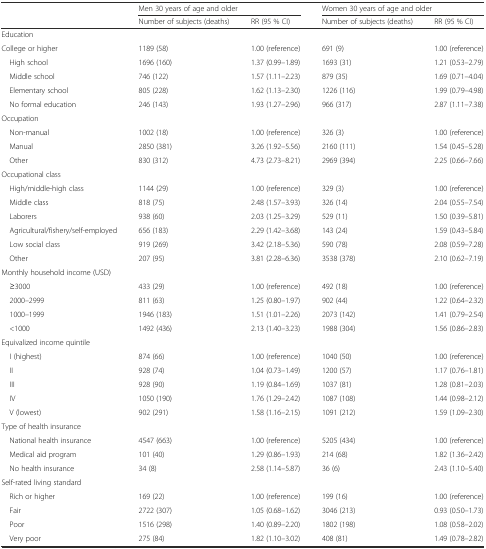
<table><thead><tr><td></td><td colspan="2"><b>Men 30 years of age and older</b></td><td colspan="2"><b>Women 30 years of age and older</b></td></tr><tr><td></td><td><b>Number of subjects (deaths)</b></td><td><b>RR (95 % CI)</b></td><td><b>Number of subjects (deaths)</b></td><td><b>RR (95 % CI)</b></td></tr></thead><tbody><tr><td>Education</td><td></td><td></td><td></td><td></td></tr><tr><td>College or higher</td><td>1189 (58)</td><td>1.00 (reference)</td><td>691 (9)</td><td>1.00 (reference)</td></tr><tr><td>High school</td><td>1696 (160)</td><td>1.37 (0.99–1.89)</td><td>1693 (31)</td><td>1.21 (0.53–2.79)</td></tr><tr><td>Middle school</td><td>746 (122)</td><td>1.57 (1.11–2.23)</td><td>879 (35)</td><td>1.69 (0.71–4.04)</td></tr><tr><td>Elementary school</td><td>805 (228)</td><td>1.62 (1.13–2.30)</td><td>1226 (116)</td><td>1.99 (0.79–4.98)</td></tr><tr><td>No formal education</td><td>246 (143)</td><td>1.93 (1.27–2.96)</td><td>966 (317)</td><td>2.87 (1.11–7.38)</td></tr><tr><td>Occupation</td><td></td><td></td><td></td><td></td></tr><tr><td>Non-manual</td><td>1002 (18)</td><td>1.00 (reference)</td><td>326 (3)</td><td>1.00 (reference)</td></tr><tr><td>Manual</td><td>2850 (381)</td><td>3.26 (1.92–5.56)</td><td>2160 (111)</td><td>1.54 (0.45–5.28)</td></tr><tr><td>Other</td><td>830 (312)</td><td>4.73 (2.73–8.21)</td><td>2969 (394)</td><td>2.25 (0.66–7.66)</td></tr><tr><td>Occupational class</td><td></td><td></td><td></td><td></td></tr><tr><td>High/middle-high class</td><td>1144 (29)</td><td>1.00 (reference)</td><td>329 (3)</td><td>1.00 (reference)</td></tr><tr><td>Middle class</td><td>818 (75)</td><td>2.48 (1.57–3.93)</td><td>326 (14)</td><td>2.04 (0.55–7.54)</td></tr><tr><td>Laborers</td><td>938 (60)</td><td>2.03 (1.25–3.29)</td><td>529 (11)</td><td>1.50 (0.39–5.81)</td></tr><tr><td>Agricultural/fishery/self-employed</td><td>656 (183)</td><td>2.29 (1.42–3.68)</td><td>143 (24)</td><td>1.59 (0.43–5.84)</td></tr><tr><td>Low social class</td><td>919 (269)</td><td>3.42 (2.18–5.36)</td><td>590 (78)</td><td>2.08 (0.59–7.28)</td></tr><tr><td>Other</td><td>207 (95)</td><td>3.81 (2.28–6.36)</td><td>3538 (378)</td><td>2.10 (0.62–7.19)</td></tr><tr><td colspan="2">Monthly household income (USD)</td><td></td><td></td><td></td></tr><tr><td>≥3000</td><td>433 (29)</td><td>1.00 (reference)</td><td>492 (18)</td><td>1.00 (reference)</td></tr><tr><td>2000–2999</td><td>811 (63)</td><td>1.25 (0.80–1.97)</td><td>902 (44)</td><td>1.22 (0.64–2.32)</td></tr><tr><td>1000–1999</td><td>1946 (183)</td><td>1.51 (1.01–2.26)</td><td>2073 (142)</td><td>1.41 (0.79–2.54)</td></tr><tr><td>&lt;1000</td><td>1492 (436)</td><td>2.13 (1.40–3.23)</td><td>1988 (304)</td><td>1.56 (0.86–2.83)</td></tr><tr><td>Equivalized income quintile</td><td></td><td></td><td></td><td></td></tr><tr><td>I (highest)</td><td>874 (66)</td><td>1.00 (reference)</td><td>1040 (50)</td><td>1.00 (reference)</td></tr><tr><td>II</td><td>928 (74)</td><td>1.04 (0.73–1.49)</td><td>1200 (57)</td><td>1.17 (0.76–1.81)</td></tr><tr><td>III</td><td>928 (90)</td><td>1.19 (0.84–1.69)</td><td>1037 (81)</td><td>1.28 (0.81–2.03)</td></tr><tr><td>IV</td><td>1050 (190)</td><td>1.76 (1.29–2.42)</td><td>1087 (108)</td><td>1.44 (0.98–2.12)</td></tr><tr><td>V (lowest)</td><td>902 (291)</td><td>1.58 (1.16–2.15)</td><td>1091 (212)</td><td>1.59 (1.09–2.30)</td></tr><tr><td>Type of health insurance</td><td></td><td></td><td></td><td></td></tr><tr><td>National health insurance</td><td>4547 (663)</td><td>1.00 (reference)</td><td>5205 (434)</td><td>1.00 (reference)</td></tr><tr><td>Medical aid program</td><td>101 (40)</td><td>1.29 (0.86–1.93)</td><td>214 (68)</td><td>1.82 (1.36–2.42)</td></tr><tr><td>No health insurance</td><td>34 (8)</td><td>2.58 (1.14–5.87)</td><td>36 (6)</td><td>2.43 (1.10–5.40)</td></tr><tr><td>Self-rated living standard</td><td></td><td></td><td></td><td></td></tr><tr><td>Rich or higher</td><td>169 (22)</td><td>1.00 (reference)</td><td>199 (16)</td><td>1.00 (reference)</td></tr><tr><td>Fair</td><td>2722 (307)</td><td>1.05 (0.68–1.62)</td><td>3046 (213)</td><td>0.93 (0.50–1.73)</td></tr><tr><td>Poor</td><td>1516 (298)</td><td>1.40 (0.89–2.20)</td><td>1802 (198)</td><td>1.08 (0.58–2.02)</td></tr><tr><td>Very poor</td><td>275 (84)</td><td>1.82 (1.10–3.02)</td><td>408 (81)</td><td>1.49 (0.78–2.82)</td></tr></tbody></table>